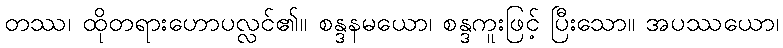
တဿ၊ ထိုတရားဟောပလ္လင်၏။ စန္ဒနမယော၊ စန္ဒကူးဖြင့် ပြီးသော။ အပဿယော၊